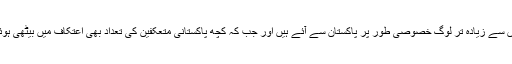
جن میں سے زیادہ تر لوگ خصوصی طور پر پاکستان سے آئے ہیں اور جب کہ کچھ پاکستانی متعکفین کی تعداد بھی اعتکاف میں بیٹھی ہوئی ہے۔